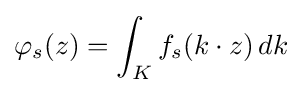
\varphi _{s}(z)=\int _{K}f_{s}(k\cdot z)\,dk